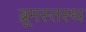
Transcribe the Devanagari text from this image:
ब्रूमस्तस्थ